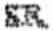
SR